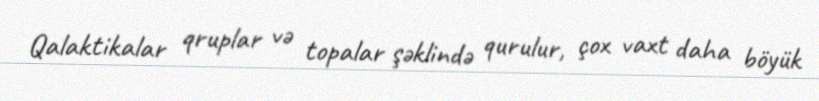
Qalaktikalar qruplar və topalar şəklində qurulur, çox vaxt daha böyük